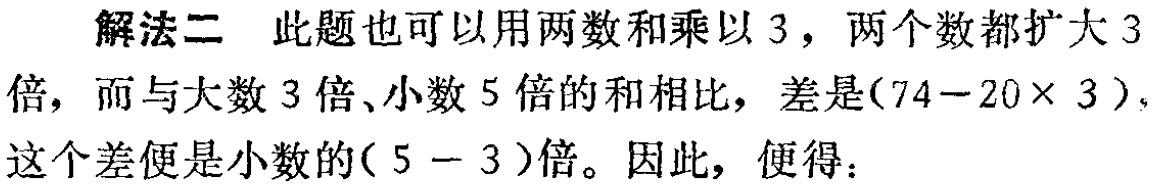
解法二 此题也可以用两数和乘以 3，两个数都扩大 3 倍，而与大数 3 倍、小数 5 倍的和相比，差是\((74 - 20\times 3)\)，这个差便是小数的\((5 - 3)\)倍。因此，便得：